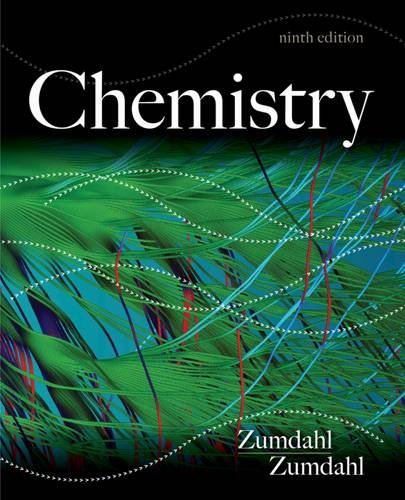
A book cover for Chemistry; Steven S. Zumdahl; Science & Math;